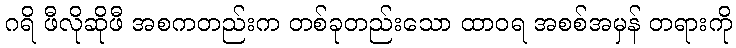
ဂရိ ဖီလိုဆိုဖီ အစကတည်းက တစ်ခုတည်းသော ထာဝရ အစစ်အမှန် တရားကို